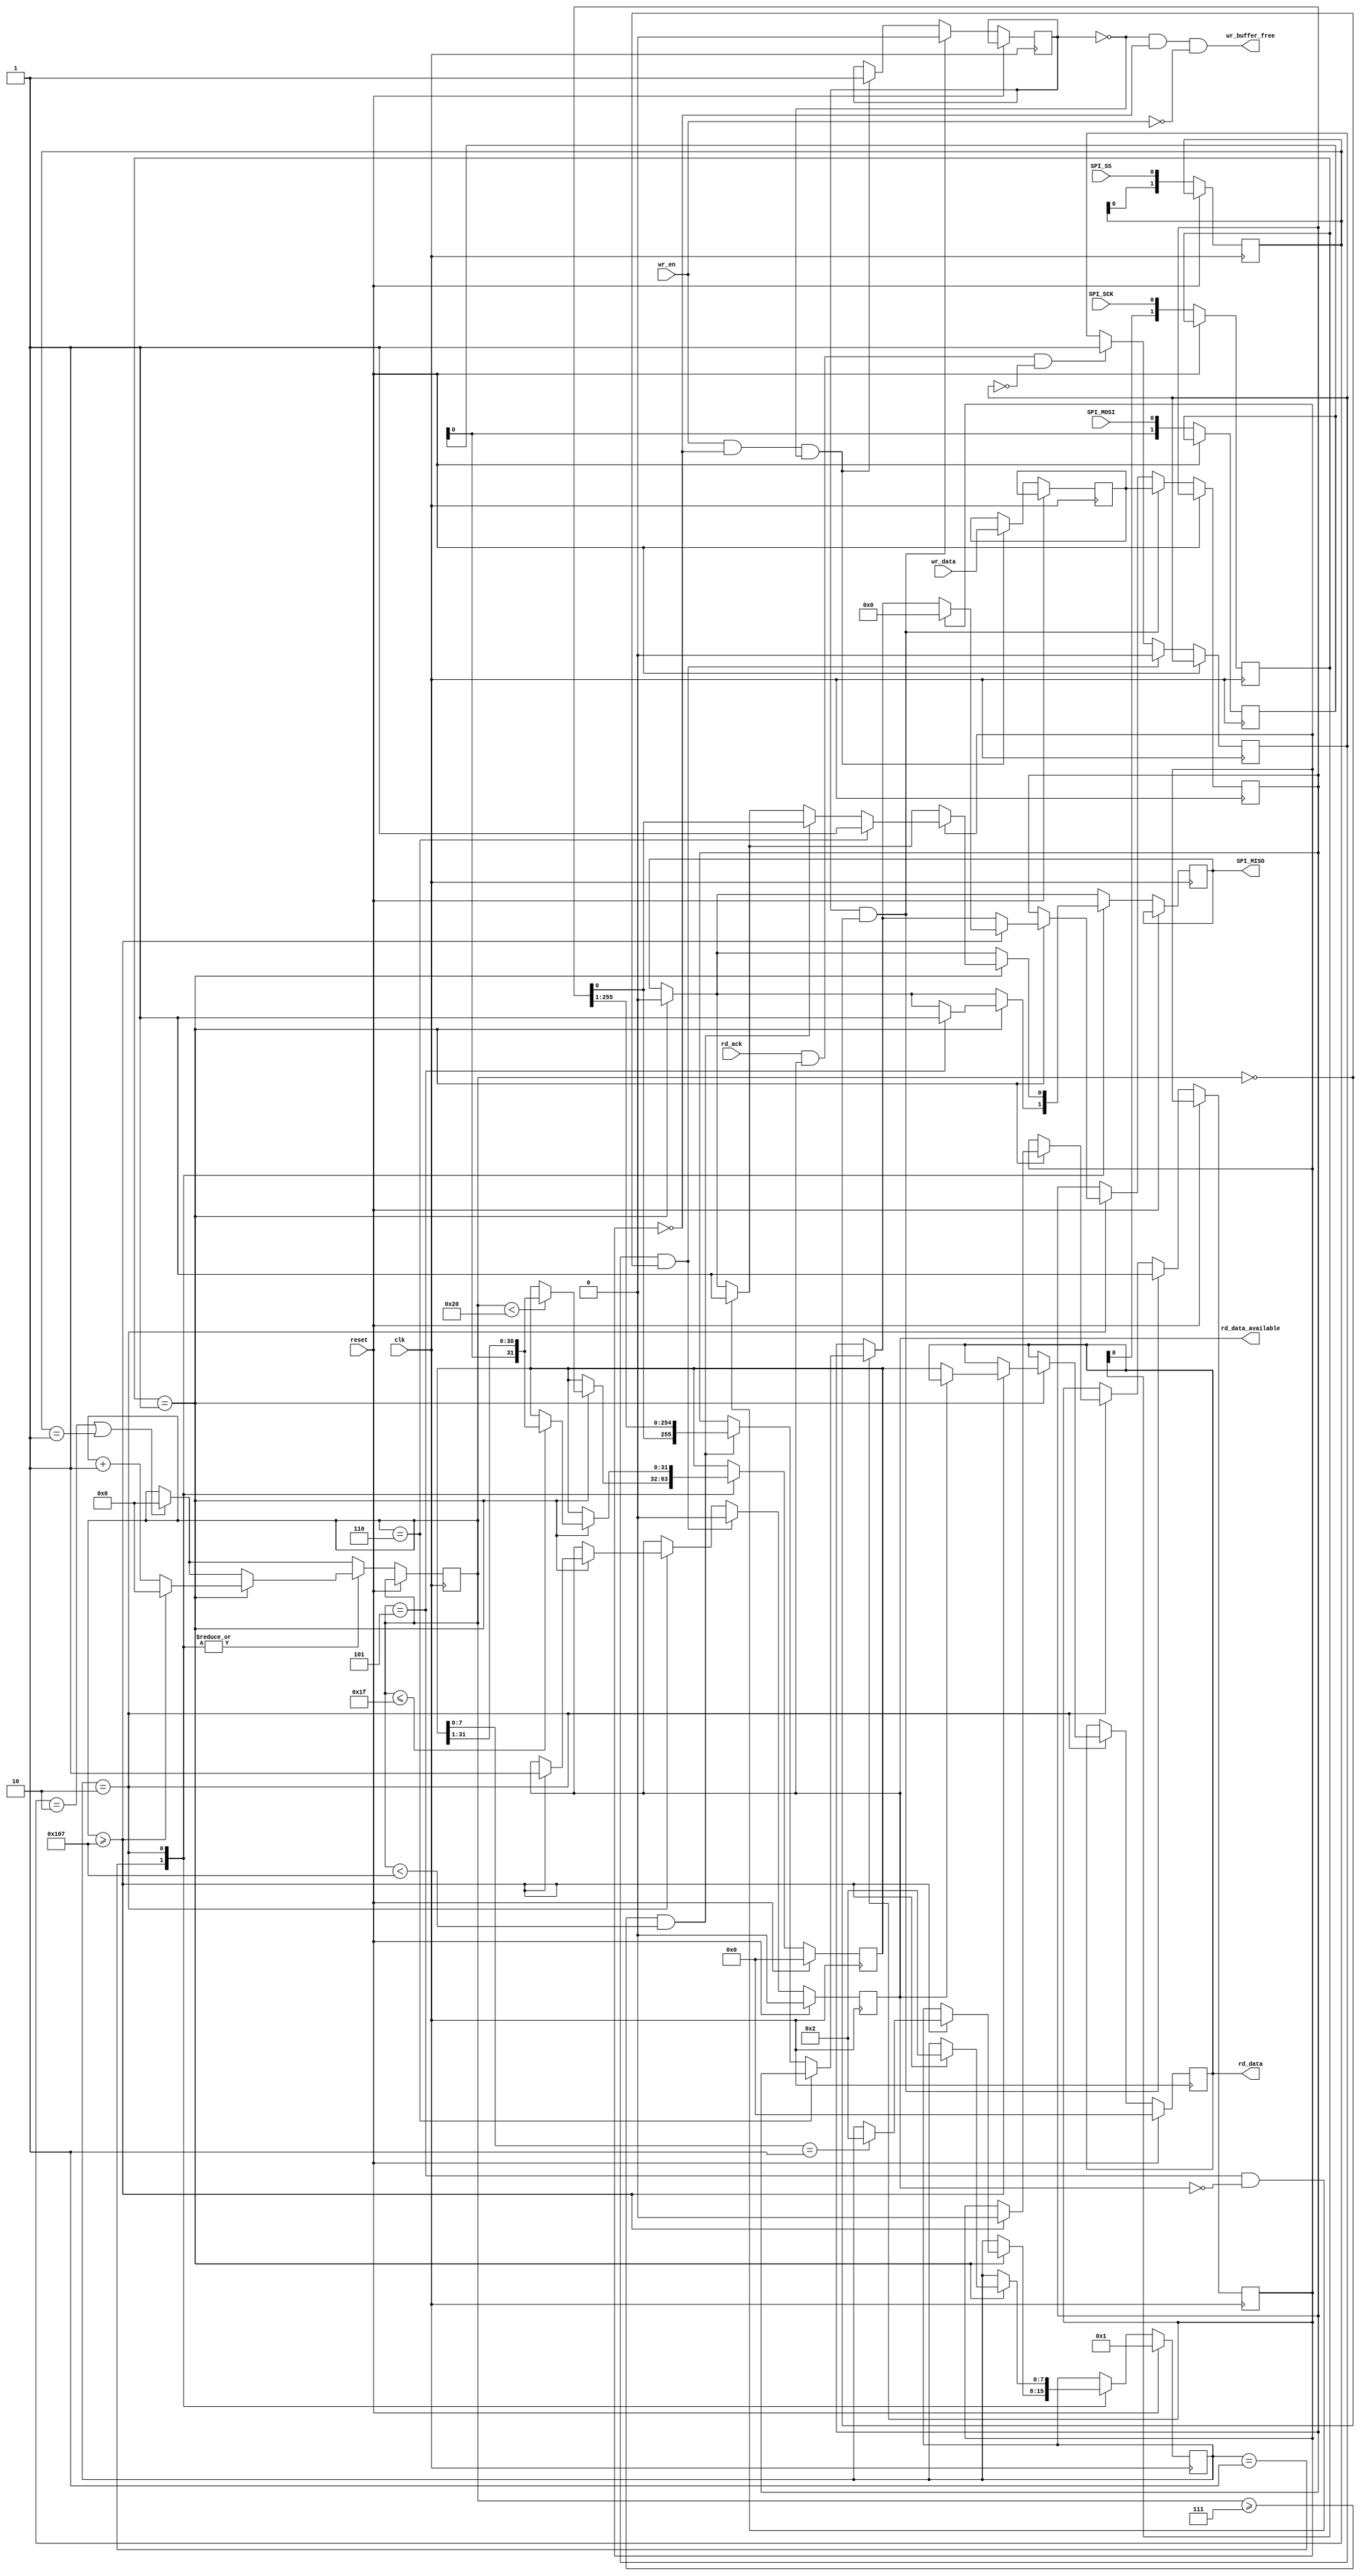
// receive: byte2 | byte1 | byte0 | opcode/status
//read all the data, but can write only the two bytes as opcode contains metadata

module spi_slave(input wire clk, input wire reset,
      input wire SPI_SCK, input wire SPI_SS, input wire SPI_MOSI, output wire SPI_MISO,
      output wire wr_buffer_free, input wire wr_en, input wire [255:0] wr_data,
      output reg rd_data_available, input wire rd_ack, output reg [31:0] rd_data
   );

   reg [9:0] counter_read; //max 1023

   reg [1:0] spi_clk_reg;
   reg [1:0] spi_ss_reg;
   wire spi_ss_falling_edge;
   wire spi_ss_rising_edge;

   reg [1:0] mosi_reg;
   reg miso_out_reg;
   reg [7:0] state_rd;

   reg wr_reg_full;
   reg [255:0] wr_data_reg; //written data to send to spi/miso
   reg wr_queue_full;
   reg [255:0] wr_data_queue; //waiting to be written in the register, avoid a write while communcating with SPI

   reg buffer_rd_ack;
   reg [31:0] rd_data_local;

   //states
   parameter IDLE = 0, INIT=IDLE+1, RD_WAIT_DATA=INIT+1, RD_WAIT_ACK=RD_WAIT_DATA+1, WR_WAIT_DATA=RD_WAIT_ACK+1, WR_WAIT_ACK=WR_WAIT_DATA+1;

   assign SPI_MISO = miso_out_reg;
   wire spi_clk_rising_edge;
   wire spi_clk_falling_edge;
   assign spi_clk_rising_edge = (spi_clk_reg[1:0] == 2'b01);
   assign spi_clk_falling_edge = (spi_clk_reg[1:0] == 2'b10);
   assign spi_ss_rising_edge = (spi_ss_reg[1:0] == 2'b01);
   assign spi_ss_falling_edge = (spi_ss_reg[1:0] == 2'b10);

   initial begin
      counter_read = 0;
      spi_clk_reg = 0;
      spi_ss_reg = 0;
      mosi_reg = 0;
      miso_out_reg = 0;
      state_rd = INIT;
      wr_reg_full = 0;
      wr_data_reg = 255'hcafe77;
      wr_queue_full = 0;
      wr_data_queue = 0;

      buffer_rd_ack = 0;
      rd_data = 0;
      rd_data_local = 0;

      rd_data_available = 0;
   end

   assign wr_buffer_free = ((~wr_queue_full) & (~wr_reg_full) & (~wr_en));

   always @(posedge clk)
   begin
      if(reset == 1) begin
         rd_data <= 0;
         rd_data_local <= 0;
         rd_data_available <= 0;
         state_rd <= INIT;
      end else begin

         spi_clk_reg <= {spi_clk_reg[0], SPI_SCK};
         mosi_reg <= {mosi_reg[0], SPI_MOSI};
         spi_ss_reg <= {spi_ss_reg[0], SPI_SS};

         if (spi_ss_falling_edge == 1 || spi_ss_rising_edge == 1) begin
            counter_read <= 0;
         end

         if(spi_clk_rising_edge == 1'b1) begin //default on spi clk
            miso_out_reg <= 0; //default
         end

         case (state_rd)
         INIT : begin // wait the init opcode from host (0x1) and nothing else
            if(spi_clk_rising_edge == 1'b1) begin
               if(counter_read < 32) begin
                  rd_data_local[31:0] <= {mosi_reg[0], rd_data_local[31:1]};
               end
               counter_read <= counter_read + 1;

               if(counter_read == 5) begin //status, write master to slave successful
                  miso_out_reg <= 1;
               end

               if(counter_read >= 263) begin //finish recv
                  if(rd_data_local[7:0] == 8'h1) begin //received init opcode, otherwise ignore
                     state_rd <= RD_WAIT_DATA;
                  end
                  counter_read <= 0;
               end

            end
         end
         RD_WAIT_DATA : begin
            if(spi_clk_rising_edge == 1'b1) begin
               if(counter_read == 5 && rd_data_available == 0) begin //status, write master to slave successful
                  miso_out_reg <= 1;
               end

               if (wr_reg_full == 1) begin //something ready to be written

                  //bits 0-7 reserved for status, starting to write wr_data_reg
                  //one clock before to be sent the next on miso
                  if(counter_read == 6) begin //status, read master to slave successful
                     miso_out_reg <= 1;
                  end else if(counter_read >= 7 && counter_read < 263) begin
                     miso_out_reg <= wr_data_reg[0];
                     wr_data_reg[255:0] <= {wr_data_reg[0], wr_data_reg[255:1]};
                  end
               end

               if(counter_read <= 31) begin
                  rd_data_local[31:0] <= {mosi_reg[0], rd_data_local[31:1]};
               end

               counter_read <= counter_read + 1;

               if(counter_read >= 263) begin //finish recv

                  if (wr_reg_full == 1) begin //something was written, now free
                     wr_reg_full <= 0;
                     wr_data_reg <= 255'h00; //clear write buffer
                  end

                  if(rd_data_available == 0) begin
                     rd_data_available <= 1;
                     rd_data <= rd_data_local[31:0];
                  end
                  state_rd <= RD_WAIT_DATA;
                  counter_read <= 0;
               end
            end
         end
         default : begin
         end
         endcase

         if(rd_ack == 1 && rd_data_available == 1 && buffer_rd_ack == 0) begin
            buffer_rd_ack <= 1;
         end

         if(buffer_rd_ack == 1 && counter_read == 0) begin
            rd_data_available <= 0;
            buffer_rd_ack <= 0;
         end

         //write to the queue
         if (wr_en == 1 && (~wr_reg_full) && (~wr_queue_full) ) begin
            wr_queue_full <= 1;
            wr_data_queue <= wr_data;
         end

         //move from queue to reg only when no com (counter_read == 0)
         if(wr_queue_full == 1 && counter_read == 0) begin
            wr_data_reg <= wr_data_queue;
            wr_queue_full <= 0;
            wr_reg_full <= 1;
         end
      end
   end
endmodule